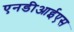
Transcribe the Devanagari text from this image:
एनडीआईएस